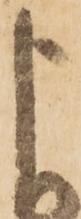
よ